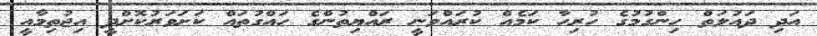
އަދި ދައުލަތް ހިންގުމުގެ ހުރިހާ ކަމެއް ކުރައްވަނީ ރައްޔިތުންގެ ހައްގުތައް ކަށަވަރުކޮށްދީ އިޖުތިމާއީ